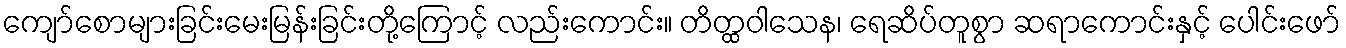
ကျော်စောများခြင်းမေးမြန်းခြင်းတို့ကြောင့် လည်းကောင်း။ တိတ္ထဝါသေန၊ ရေဆိပ်တူစွာ ဆရာကောင်းနှင့် ပေါင်းဖော်